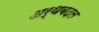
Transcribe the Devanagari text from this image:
अर्थबदल